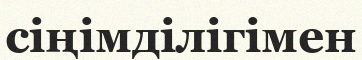
сіңімділігімен